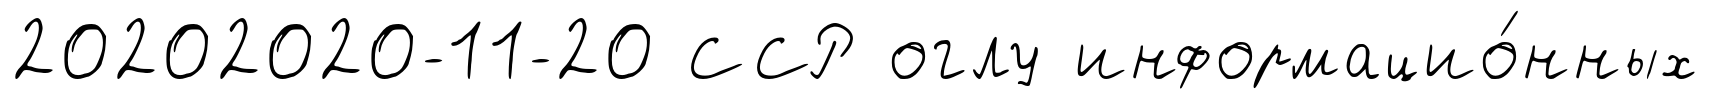
20202020-11-20 ССР оглу информацио́нных